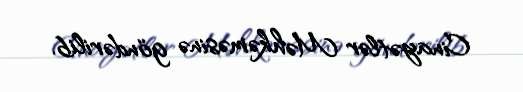
Cinayətlər Məhkəməsinə göndərilib.